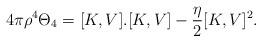
LaTeX: \begin{align*}4\pi\rho^{4}\Theta_{4}=[K,V].[K,V]-\frac{\eta}{2}[K,V]^{2}.\end{align*}